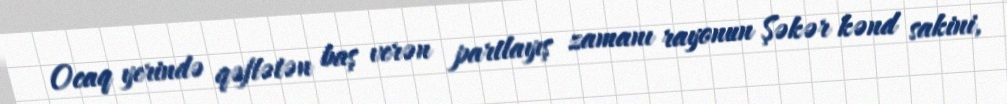
Ocaq yerində qəflətən baş verən partlayış zamanı rayonun Şəkər kənd sakini,